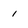
Character: 1